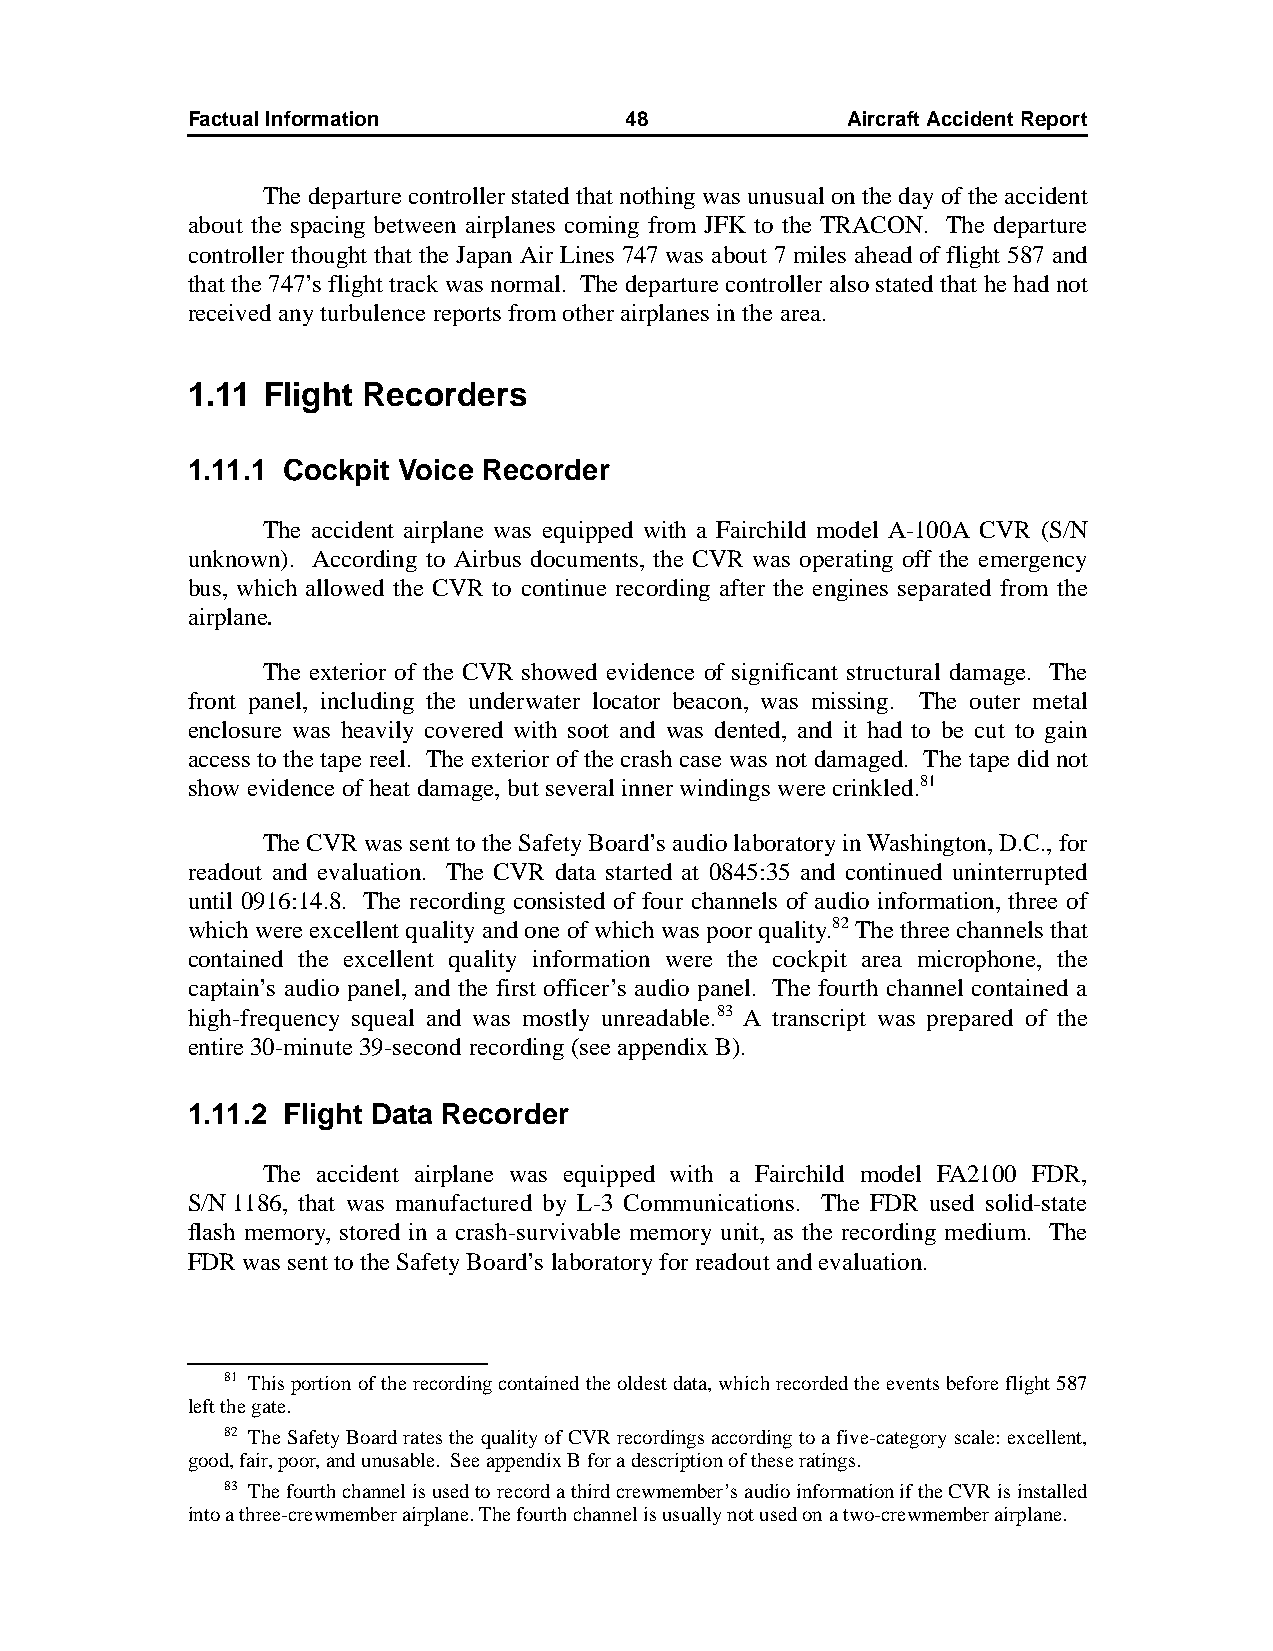
Factual Information          48             AircraftAccidentReport
 The departure controller stated that nothing was unusual on the day of the accident
 about the spacing between airplanes coming from JFK to the TRACON. The departure
 controller thought that the Japan Air Lines 747 was about 7 miles ahead of flight 587 and
 that the 747’s flight track was normal. The departure controller also stated that he had not
 received any turbulence reports from other airplanes in the area.
 1.11 Flight Recorders
 1.11.1 Cockpit Voice Recorder
 The accident airplane was equipped with a Fairchild model A-100A CVR (S/N
 unknown). According to Airbus documents, the CVR was operating off the emergency
 bus, which allowed the CVR to continue recording after the engines separated from the
 airplane.
 The exterior of the CVR showed evidence of significant structural damage. The
 front panel, including the underwater locator beacon, was missing. The outer metal
 enclosure was heavily covered with soot and was dented, and it had to be cut to gain
 access to the tape reel. The exterior of the crash case was not damaged. The tape did not
 show evidence of heat damage, but several inner windings were crinkled.81
 The CVR was sent to the Safety Board’s audio laboratory in Washington, D.C., for
 readout and evaluation. The CVR data started at 0845:35 and continued uninterrupted
 until 0916:14.8. The recording consisted of four channels of audio information, three of
 which were excellent quality and one of which was poor quality.82 The three channels that
 contained the excellent quality information were the cockpit area microphone, the
 captain’s audio panel, and the first officer’s audio panel. The fourth channel contained a
 high-frequency squeal and was mostly unreadable.83 A transcript was prepared of the
 entire 30-minute 39-second recording (see appendix B).
 1.11.2 Flight Data Recorder
 The accident airplane was equipped with a Fairchild model FA2100 FDR,
 S/N1186, that was manufactured by L-3 Communications. The FDR used solid-state
 flash memory, stored in a crash-survivable memory unit, as the recording medium. The
 FDR was sent to the Safety Board’s laboratory for readout and evaluation.
 81 This portion of the recording contained the oldest data, which recorded the events before flight 587
 left the gate.
 82 The Safety Board rates the quality of CVR recordings according to a five-category scale: excellent,
 good, fair, poor, and unusable. See appendix B for a description of these ratings.
 83 The fourth channel is used to record a third crewmember’s audio information if the CVR is installed
 into a three-crewmember airplane. The fourth channel is usually not used on a two-crewmember airplane.